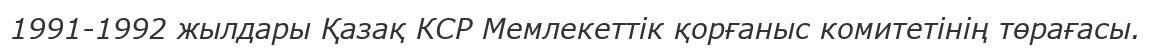
1991-1992 жылдары Қазақ КСР Мемлекеттік қорғаныс комитетінің төрағасы.